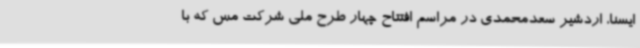
ایسنا، اردشیر سعدمحمدی در مراسم افتتاح چهار طرح ملی شرکت مس که با